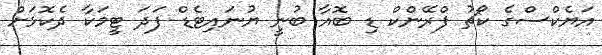
އަޔެކްސްގެ ކޯޗު ފްރޭންކް ޑި ބޮއާ ބުނީ ޔުނައިޓެޑް ފަދަ ޓީމަކާ ދެކޮޅަށް